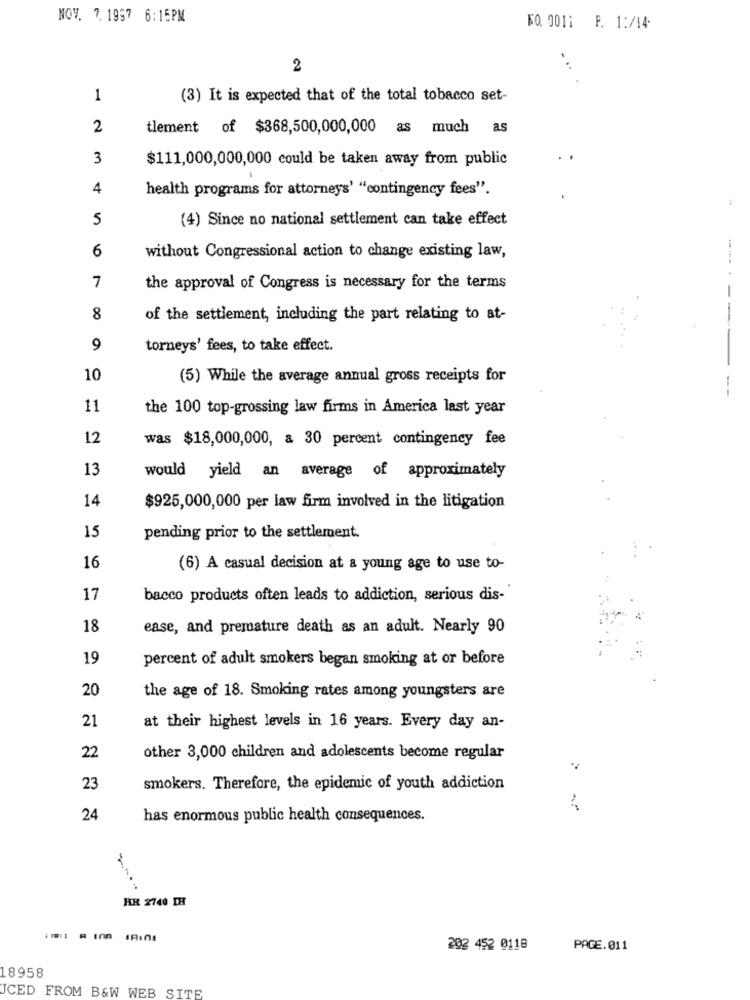
NOV. 7. 1997 6:15PM
KO. 0011 F. 1:/14.
2
1
(3) It is expected that of the total tobacco set-
2
tlement of $368,500,000,000 as much as
3
$111,000,000,000 could be taken away from public
4
health programs for attorneys' "contingency fees".
5
(4) Since no national settlement can take effect
6
without Congressional action to change existing law,
..... .
7
the approval of Congress is necessary for the terms
8
of the settlement, including the part relating to at-
---
9
torneys' fees, to take effect.
10
(5) While the average annual gross receipts for
--
11
the 100 top-grossing law firms in America last year
12
was $18,000,000, a 30 percent contingency fee
13
would yield an average of approximately
14
$925,000,000 per law firm involved in the litigation
15
pending prior to the settlement.
16
(6) A casual decision at & young age to use to-
17
bacco products often leads to addiction, serious dis-
18
ease, and premature death as an adult. Nearly 90
19
percent of adult smokers began smoking at or before
20
the age of 18. Smoking rates among youngsters are
21
at their highest levels in 16 years. Every day an-
22
other 3,000 children and adolescents become regular
23
smokers. Therefore, the epidemic of youth addiction
24
has enormous public health consequences.
HR 2740 IH
202 452 0118
PAGE.011
18958
UCED FROM B&W WEB SITE